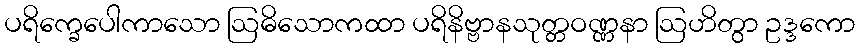
ပရိက္ခေပေါကာသော ဩဓိသောကထာ ပရိနိဗ္ဗာနသုတ္တဝဏ္ဏနာ ဩဟိတွာ ဥဒ္ဒကော